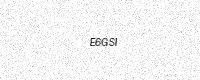
Text: E6GSI